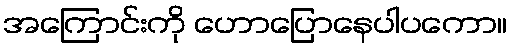
အကြောင်းကို ဟောပြောနေပါပကော။